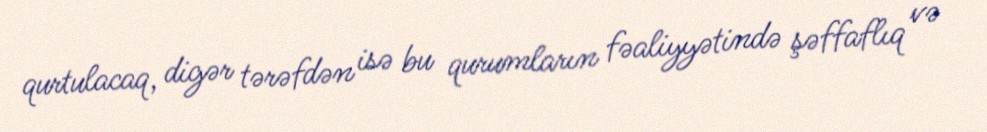
qurtulacaq, digər tərəfdən isə bu qurumların fəaliyyətində şəffaflıq və